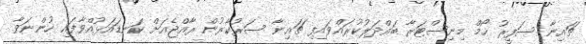
ޗައިނާ ސަފީރު ހޯމް މިނިސްޓަރާ ބައްދަލުކުރައްވައިފި ޗައިނާ ސަރުކާރުން ރާއްޖެއަށް ކަނޑައަޅުއްވާފައި ހުންނަވާ